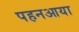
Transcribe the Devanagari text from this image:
पहनआया